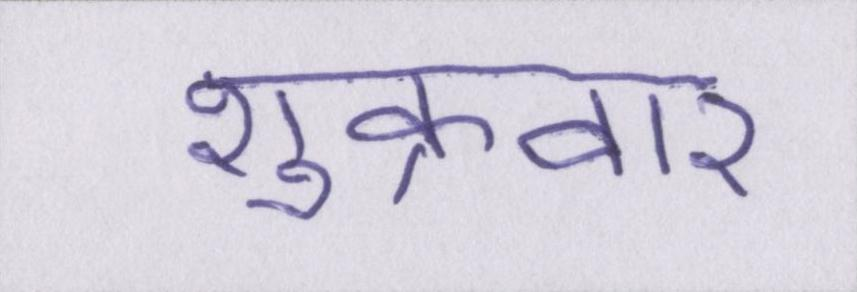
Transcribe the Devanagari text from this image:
शुक्रवार